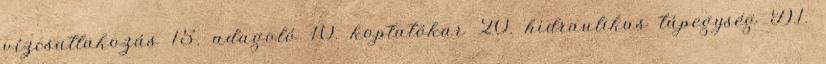
vízcsatlakozás 15. adagoló 10. koptatókar 20. hidraulikus tápegység D.1.